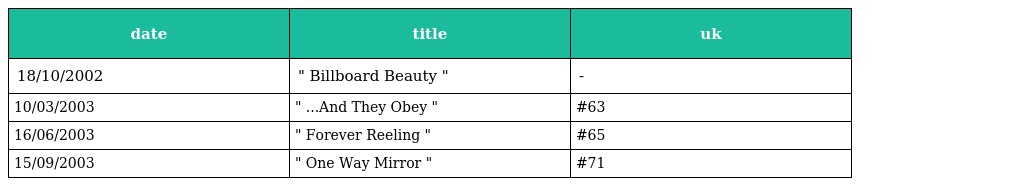
| date | title | uk |
 | --- | --- | --- |
 | 18/10/2002 | " Billboard Beauty " | - |
 | 10/03/2003 | " ...And They Obey " | #63 |
 | 16/06/2003 | " Forever Reeling " | #65 |
 | 15/09/2003 | " One Way Mirror " | #71 |